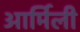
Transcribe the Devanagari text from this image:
आर्मिली